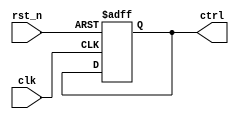
// SPDX-License-Identifier: Apache-2.0
// Copyright (C) 2019 Intel Corporation. 
//test control register (clock chain)
module hdpldadapt_cmn_occ_test_control_register (
  clk,
  rst_n,
  ctrl
//  clken
);

input clk;
input rst_n;
output [1:0] ctrl;
//output clken;

// test clock enable
//reg clken /* synopsys preserve_sequential */;

//always @(posedge clk)
//begin
//  clken <= clken;
//end

// counter logic
reg [1:0] ctrl /* synopsys preserve_sequential */;

always @(posedge clk or negedge rst_n)
begin
  if(rst_n == 1'b0)
    ctrl <= 2'b00;
  else
    ctrl <= ctrl;
end

endmodule